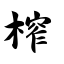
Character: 榨